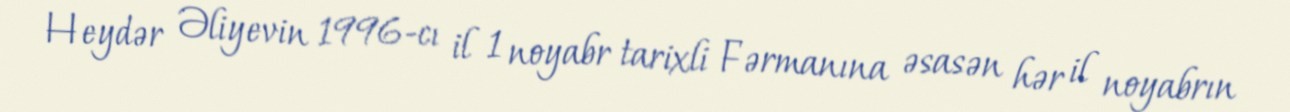
Heydər Əliyevin 1996-cı il 1 noyabr tarixli Fərmanına əsasən hər il noyabrın